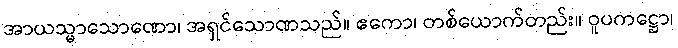
အာယသ္မာသောဏော၊ အရှင်သောဏသည်။ ဧကော၊ တစ်ယောက်တည်း။ ဝူပကဋ္ဌော၊